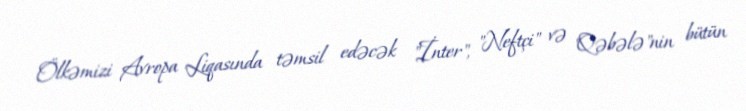
Ölkəmizi Avropa Liqasında təmsil edəcək "İnter", "Neftçi" və "Qəbələ"nin bütün